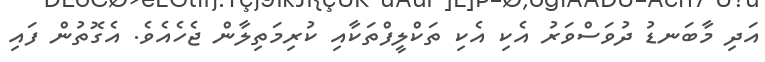
އަދި މާބަނޑު ދުވަސްވަރު އެކި އެކި ތަކްލީފްތަކާއި ކުރިމަތިލާން ޖެހެއެވެ. އެގޮތުން ފައި